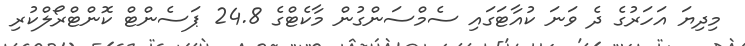
މިދިޔަ އަހަރުގެ ދެ ވަނަ ކުއާޓަގައި ސެމްސަންގުން މާކެޓްގެ 24.8 ޕަސެންޓް ކޮންޓްރޯލްކުރި